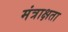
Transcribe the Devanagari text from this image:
मंत्राक्षता